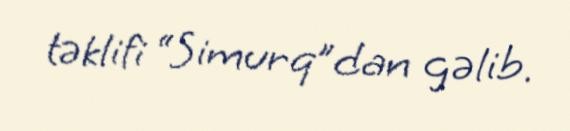
təklifi “Simurq”dan gəlib.